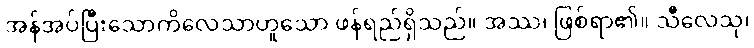
အန်အပ်ပြီးသောကိလေသာဟူသော ဖန်ရည်ရှိသည်။ အဿ၊ ဖြစ်ရာ၏။ သီလေသု၊